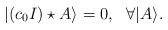
\begin{align*}|(c_0I)\star A\rangle=0,\ \ \forall |A\rangle.\end{align*}